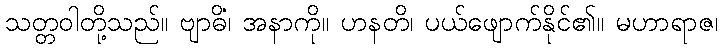
သတ္တဝါတို့သည်။ ဗျာဓိံ၊ အနာကို။ ဟနတိ၊ ပယ်ဖျောက်နိုင်၏။ မဟာရာဇ၊